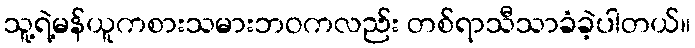
သူ့ရဲ့မန်ယူကစားသမားဘဝကလည်း တစ်ရာသီသာခံခဲ့ပါတယ်။